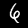
Label: 6